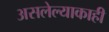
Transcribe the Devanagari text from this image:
असलेल्याकाही